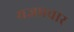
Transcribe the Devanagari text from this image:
यज्ञप्रचार